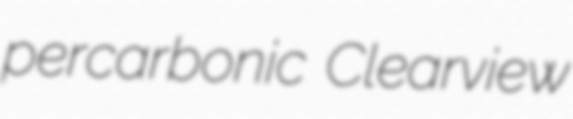
percarbonic Clearview